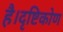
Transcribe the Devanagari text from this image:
है।दृष्टिकोण